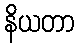
နိယတာ